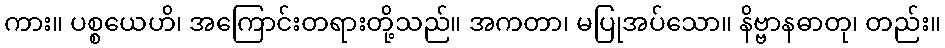
ကား။ ပစ္စယေဟိ၊ အကြောင်းတရားတို့သည်။ အကတာ၊ မပြုအပ်သော။ နိဗ္ဗာနဓာတု၊ တည်း။